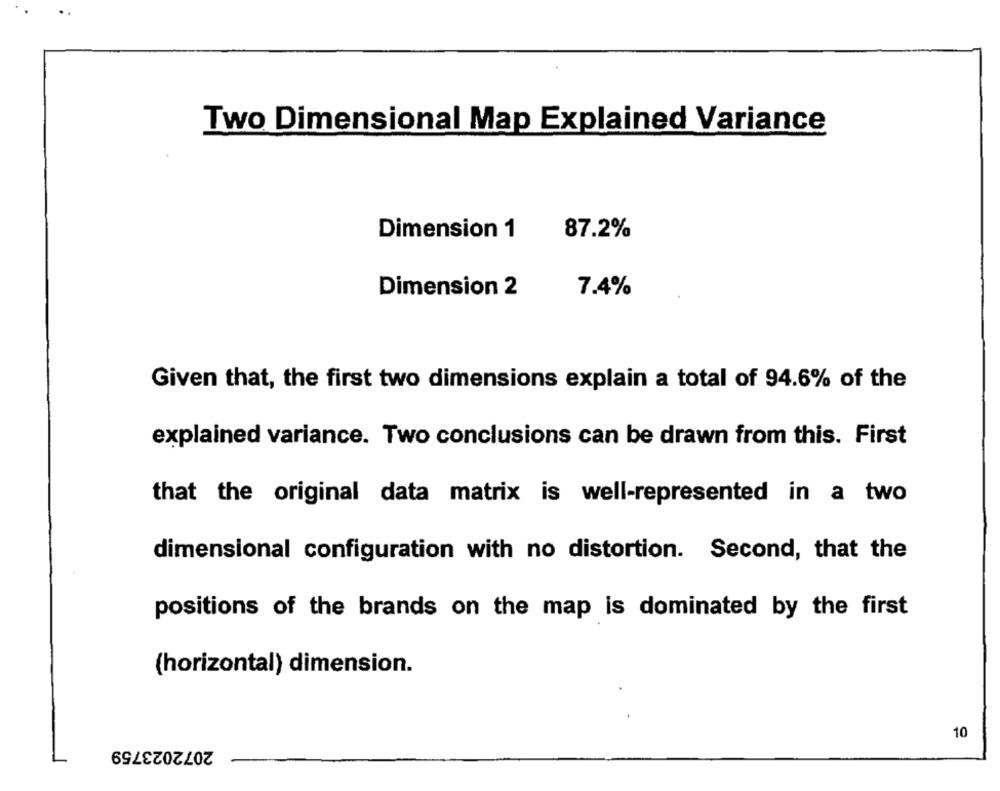
Two Dimensional Map Explained Variance
Dimension 1
87.2%
Dimension 2
7.4%
Given that, the first two dimensions explain a total of 94.6% of the
explained variance. Two conclusions can be drawn from this. First
that the original data matrix is well-represented in a two
dimensional configuration with no distortion. Second, that the
positions of the brands on the map is dominated by the first
(horizontal) dimension.
10
2072023759